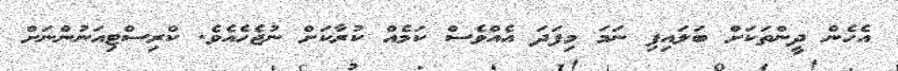
އެހެން ދީންތަކަށް ބަލައިފި ނަމަ މިފަދަ އެއްވެސް ކަމެއް ކުރާކަށް ނުޖެހެއެވެ. ކްރިސްޓިއަނުންނަށް